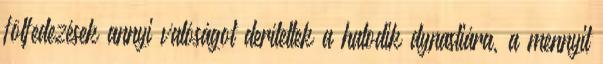
fölfedezések annyi valóságot derítettek a hatodik dynastiára, a mennyit